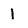
Character: 1